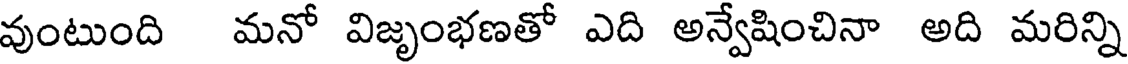
వుంటుంది మనో విజృంభణతో ఎది అన్వేషించినా అది మరిన్ని